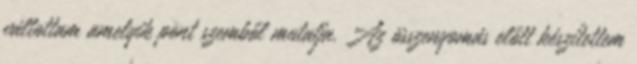
váltottam amelyik pont szemből mutatja. Az összenyomás előtt készítettem